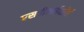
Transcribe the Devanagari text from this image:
एसपीआईसीई